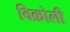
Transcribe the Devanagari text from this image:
विक्रोली